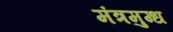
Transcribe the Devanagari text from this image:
मंत्रमुग्‍ध